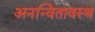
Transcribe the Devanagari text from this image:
अनन्वितावस्थ